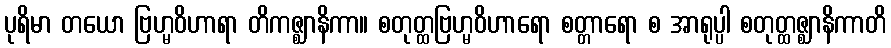
ပုရိမာ တယော ဗြဟ္မဝိဟာရာ တိကဇ္ဈာနိကာ။ စတုတ္ထဗြဟ္မဝိဟာရော စတ္တာရော စ အာရုပ္ပါ စတုတ္ထဇ္ဈာနိကာတိ